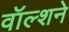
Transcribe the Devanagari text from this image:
वॉल्शने